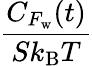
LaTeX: \frac{C_{F_{\mathrm{w}}}(t)}{Sk_{\mathrm{B}}T}